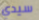
سيدي